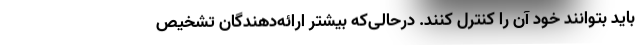
باید بتوانند خود آن را کنترل کنند. درحالی‌که بیشتر ارائه‌دهندگان تشخیص